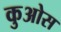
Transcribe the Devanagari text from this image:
कुओस